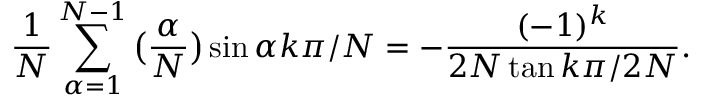
\frac { 1 } { N } \sum _ { \alpha = 1 } ^ { N - 1 } \big ( \frac { \alpha } { N } \big ) \sin \alpha k \pi / N = - \frac { ( - 1 ) ^ { k } } { 2 N \tan k \pi / 2 N } .